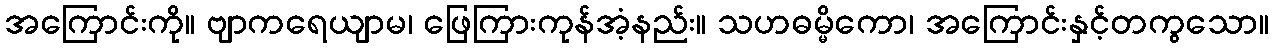
အကြောင်းကို။ ဗျာကရေယျာမ၊ ဖြေကြားကုန်အံ့နည်း။ သဟဓမ္မိကော၊ အကြောင်းနှင့်တကွသော။